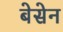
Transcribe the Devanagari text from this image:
बेसेन